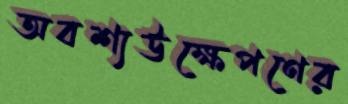
অবশ্যউক্ষেপণের